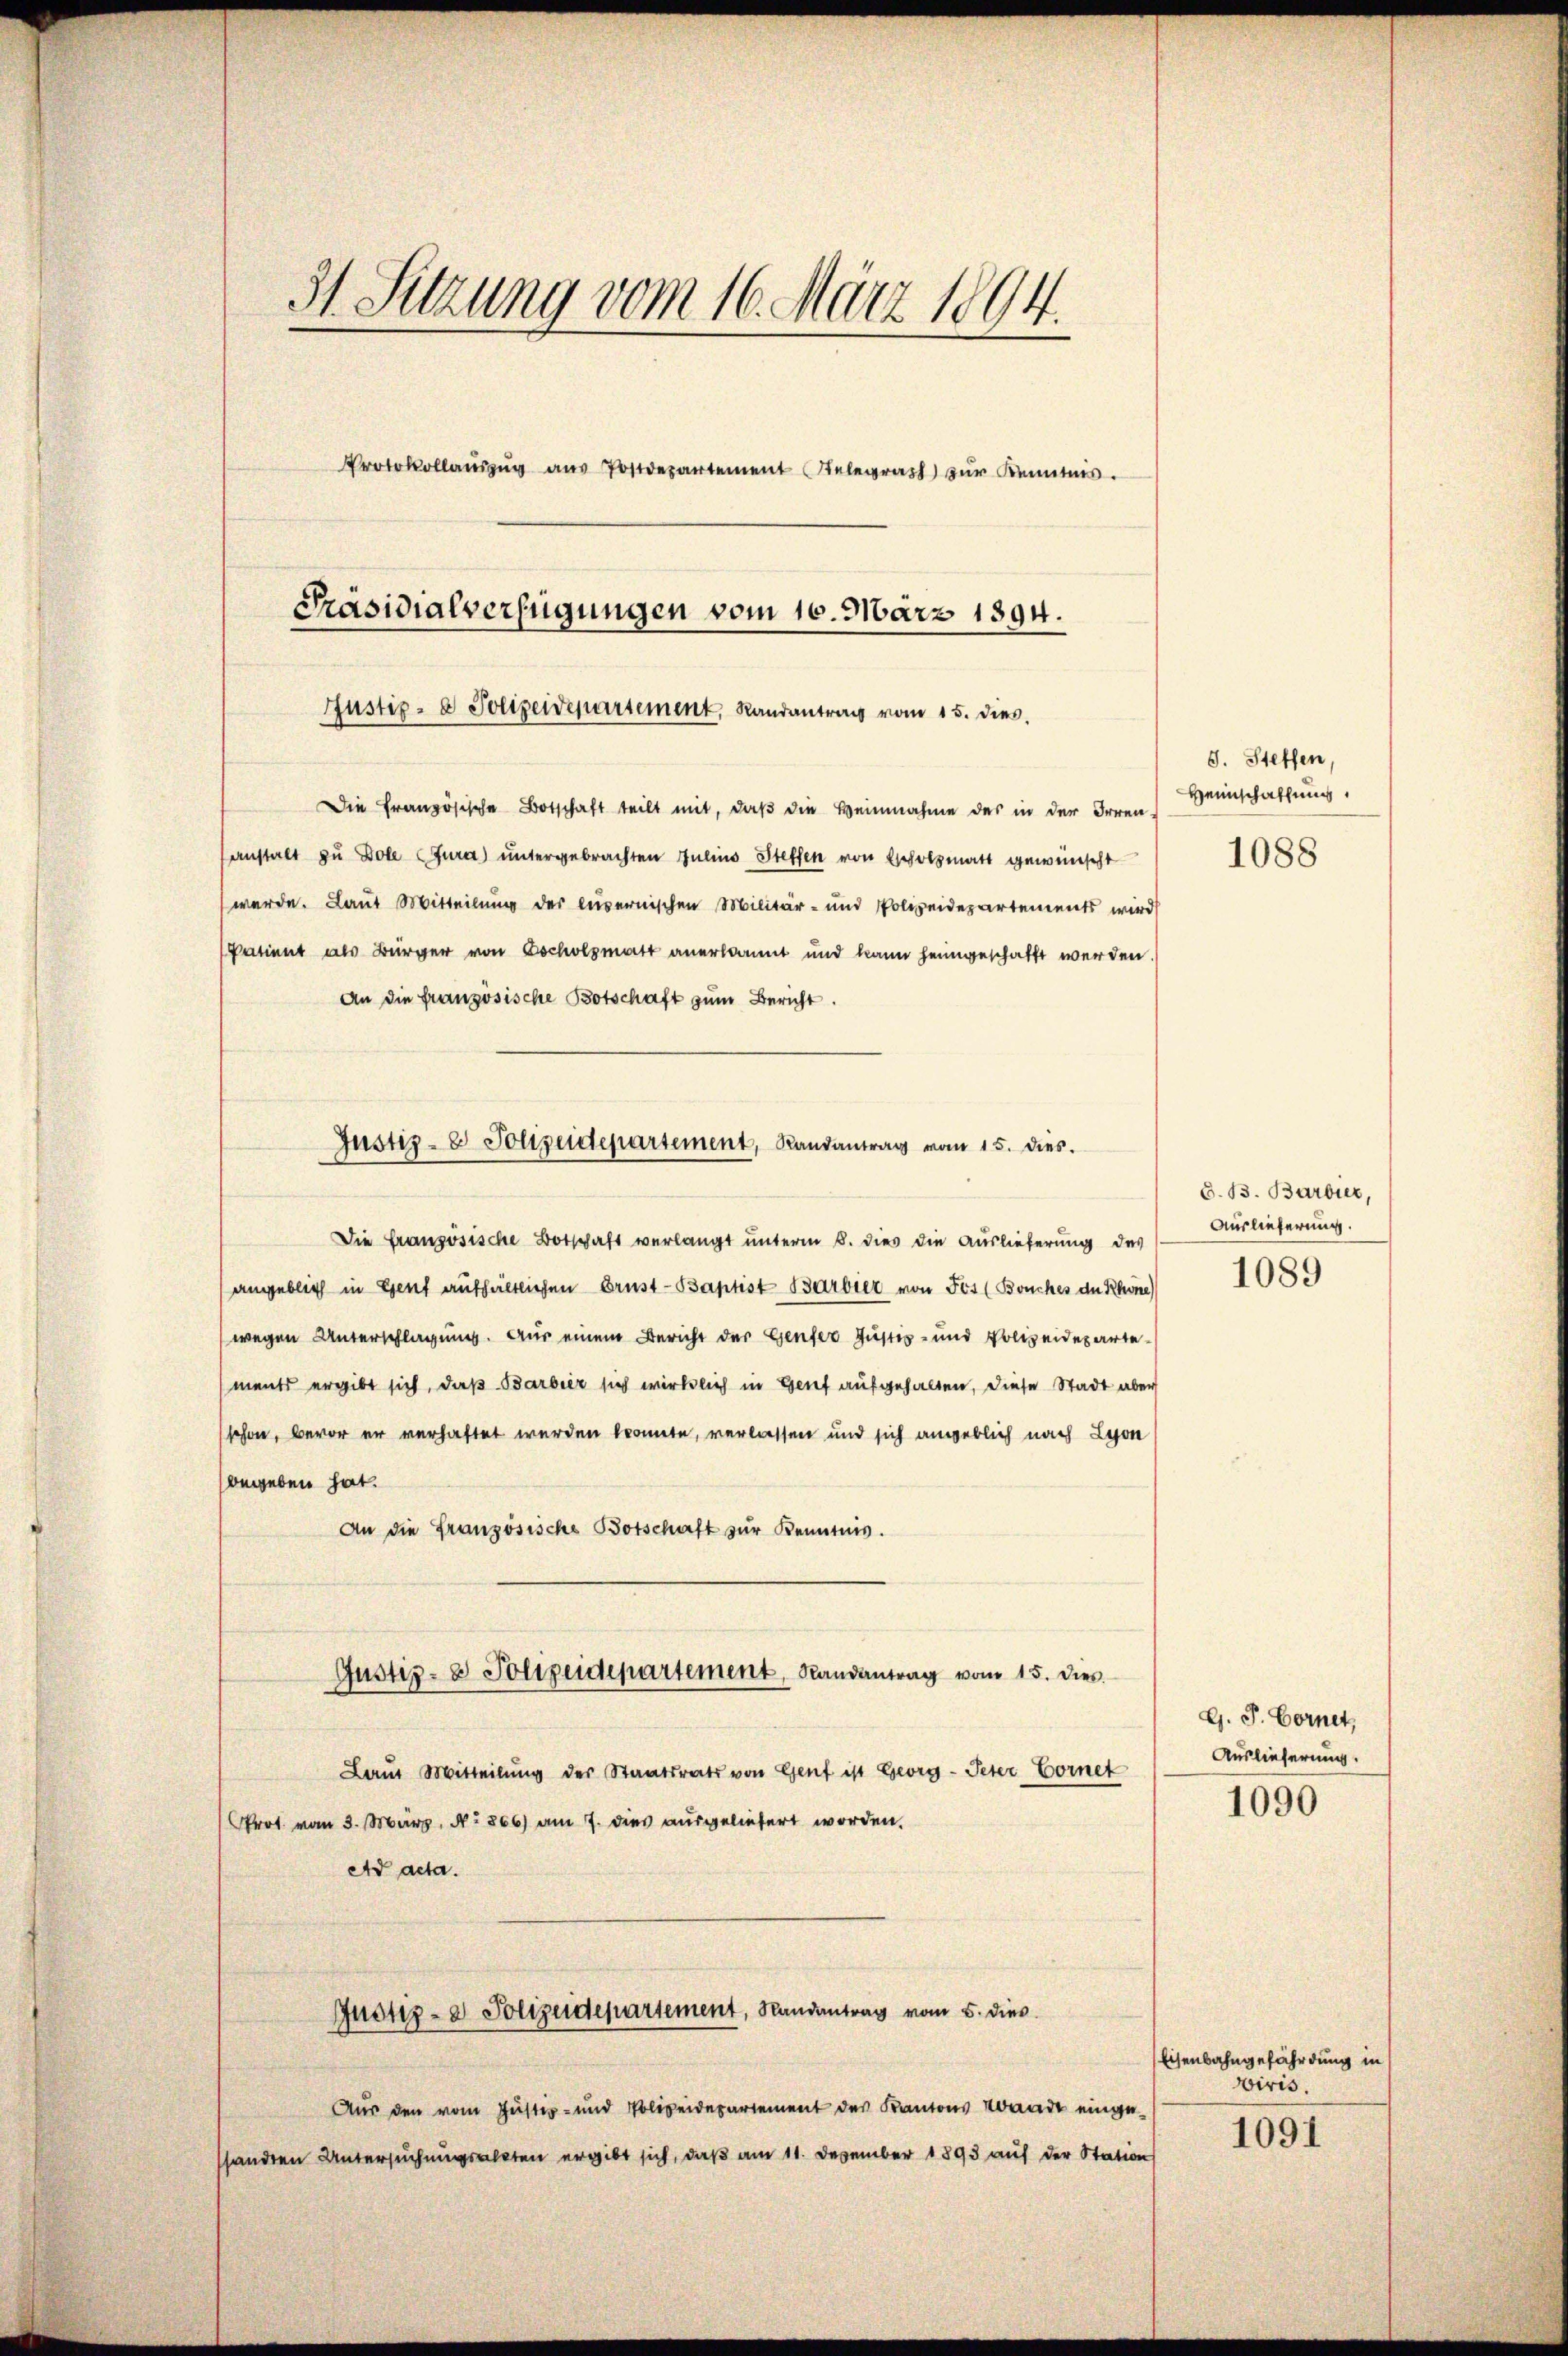
31. Sitzung vom 16. März 1894.
Protokolaŭszŭg aŭs Postdepartement Relegras zŭr Kenntnis.
Präsidialverfügungen vom 10. März 1894.
Justiz- & Polizeidepartement, Randantrag vom 15. dies.

Die Französische Botschaft teilt mit, daß die Heinnahme des in der Irren
anstalt zu Dole Jura) untergebrachten Juline Steffen von Escholzmatt gewünscht
werde. Laut Mitteilung der lusernischen Militär- und Polizeidepartements wird
Patient als Bürger von scholzmatt anerkannt und kann heimgeschafft werden
An die französische Botschaft zŭm Bericht.
Die französische Botschaft verlangt unterm 8. dies die Auslieferung des
angeblich in Genf aufhältlichen Brust-Baptist Barbier von Fes (Bouches der Rhone
wegen Unterschlagung. Aus einem Bericht der Genfer Justiz- und Polizeidepartements ergibt sich, daß Barbier sich wirklich in Genf aufgehalten, diese Stadt aber
schon, bevor er verhaftet werden konnte, verlassen und sich angeblich nach Lyon
begeben hat.
An die Französische Botschaft zur Kenntnis.
Gustiz- & Polizeidepartement, Randantrag vom 15. dies
Laut Mitteilŭng der Staatsrats von Genf ist Georg - Peter Cornet
Prot. vom 3. März, No 866 am 7. dies ausgeliefert worden.
Ad acta.
Justiz- & Polizeidepartement, Randantrag vom 5. dies
Aus den vom Justiz- und Polizeidepartement des Kantons ande eingeshanden Untersuchungsalten ergibt sich, daß am 11. Dezember 1893 auf der Station

Justiz- & Polizeidepartement, Randantrag vom 15. dies.

S. Steffen,
Heimschaffung,

1088

d. B. Barbier,
Auslieferung.
1089

G. P. Cornet,
Auslieferung.

1090

Eisenbahngefährdung in
Wiris.

1091